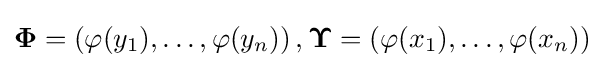
{\boldsymbol {\Phi }}=\left(\varphi (y_{1}),\dots ,\varphi (y_{n})\right),{\boldsymbol {\Upsilon }}=\left(\varphi (x_{1}),\dots ,\varphi (x_{n})\right)